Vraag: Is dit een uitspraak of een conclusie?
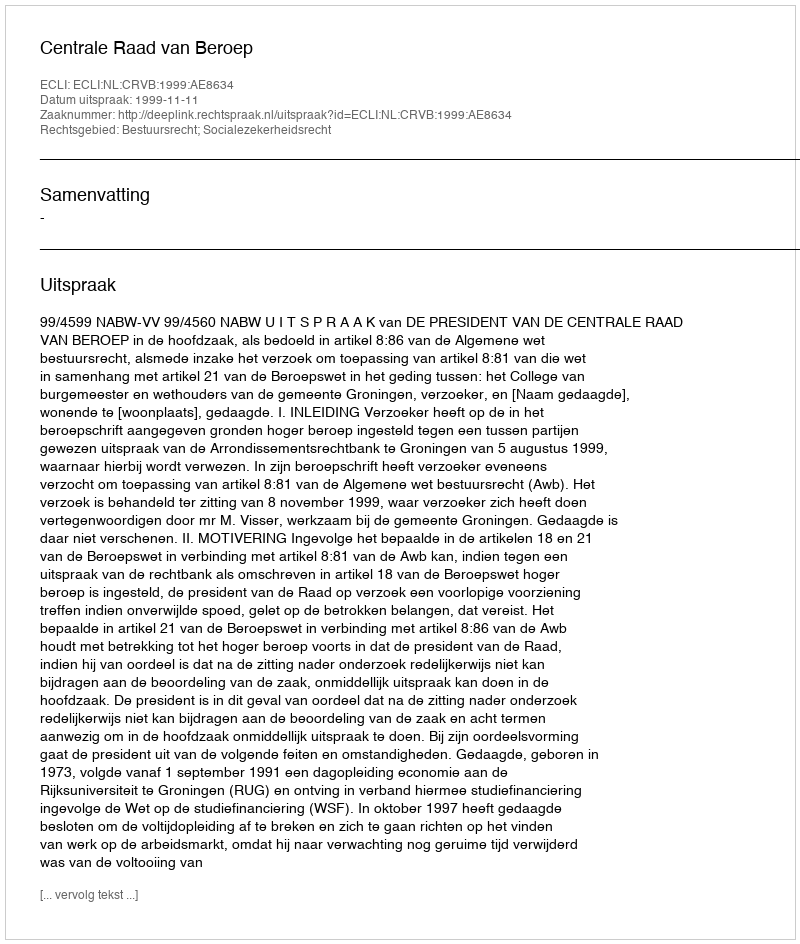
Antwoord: Uitspraak